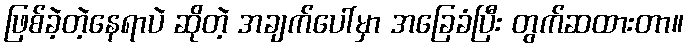
ဖြစ်ခဲ့တဲ့နေရာပဲ ဆိုတဲ့ အချက်ပေါ်မှာ အခြေခံပြီး တွက်ဆထားတာ။